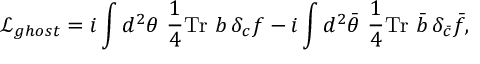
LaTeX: { \mathcal L } _ { g h o s t } = i \int d ^ { 2 } \theta ~ \frac { 1 } { 4 } \mathrm { T r } ~ b \, \delta _ { c } f - i \int d ^ { 2 } \bar { \theta } ~ \frac { 1 } { 4 } \mathrm { T r } ~ \bar { b } \, \delta _ { \bar { c } } \bar { f } ,